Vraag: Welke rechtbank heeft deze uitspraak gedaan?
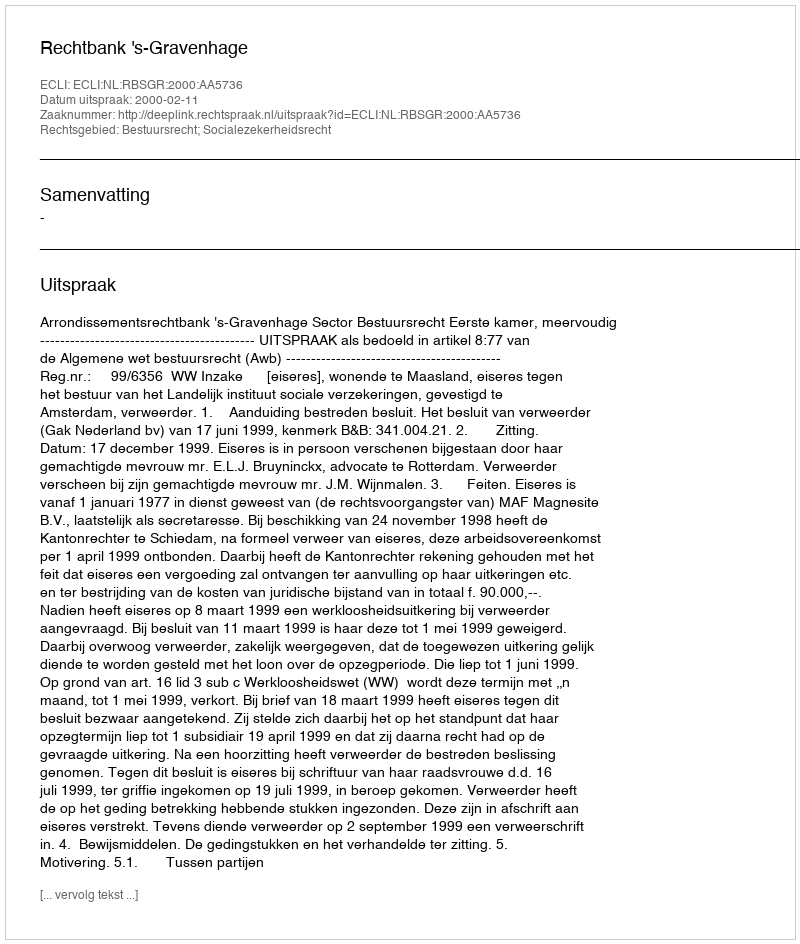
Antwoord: Rechtbank 's-Gravenhage